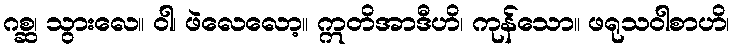
ဂစ္ဆ၊ သွားလေ။ ဝါ၊ ဖဲလေလော့။ ဣတိအာဒီဟိ၊ ကုန်သော။ ဖရုသဝါစာဟိ၊